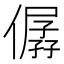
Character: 僝